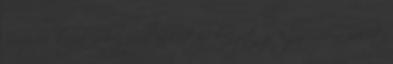
amelyek közül a legjobb alkotás készítője egy Opera pólót